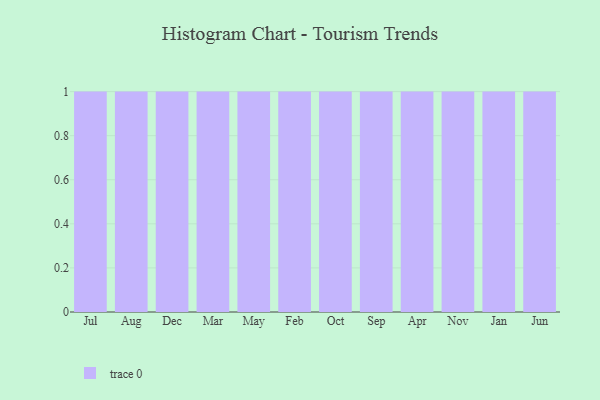
{"axis": {"x": "Month", "y": "Backlog"}, "legend": [""], "data": [{"x": "Jul", "y": 94, "type": ""}, {"x": "Aug", "y": 85, "type": ""}, {"x": "Dec", "y": 79, "type": ""}, {"x": "Mar", "y": 6, "type": ""}, {"x": "May", "y": 43, "type": ""}, {"x": "Feb", "y": 88, "type": ""}, {"x": "Oct", "y": 62, "type": ""}, {"x": "Sep", "y": 21, "type": ""}, {"x": "Apr", "y": 74, "type": ""}, {"x": "Nov", "y": 65, "type": ""}, {"x": "Jan", "y": 72, "type": ""}, {"x": "Jun", "y": 87, "type": ""}]}